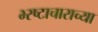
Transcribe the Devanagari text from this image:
भ्‍रष्टाचाराच्या